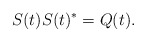
\begin{align*} S(t) S(t)^* = Q(t). \end{align*}